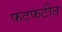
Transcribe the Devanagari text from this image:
फटफटीत